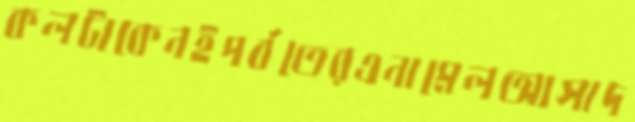
কলটাকেনইপর্বতেরএনামেলআসাদ